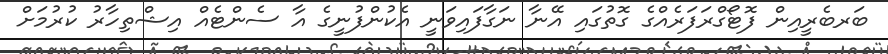
ބަރބެރީއިން ފޮޓޯގްރަަފަރެއްގެ ގޮތުގައި އޭނާ ނަގާފައިވަނީ އެކުންފުނީގެ އާ ސެންޓެއް އިޝްތިހާރު ކުރުމަށް